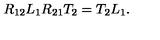
R _ { 1 2 } L _ { 1 } R _ { 2 1 } T _ { 2 } = T _ { 2 } L _ { 1 } .